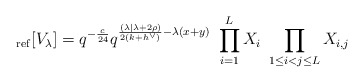
\begin{align*}_{\rm ref}[V_\lambda] = q^{-\frac{c}{24}} q^{\frac{(\lambda| \lambda + 2\rho) }{2(k+h^\vee)} -\lambda(x+y)}\ \prod_{i=1}^L X_i\ \prod_{1\leq i <j \leq L} X_{i,j}\end{align*}